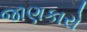
જાણકારો